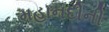
મહાનદીની